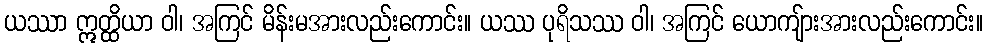
ယဿာ ဣတ္ထိယာ ဝါ၊ အကြင် မိန်းမအားလည်းကောင်း။ ယဿ ပုရိသဿ ဝါ၊ အကြင် ယောကျ်ားအားလည်းကောင်း။